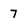
Character: 7